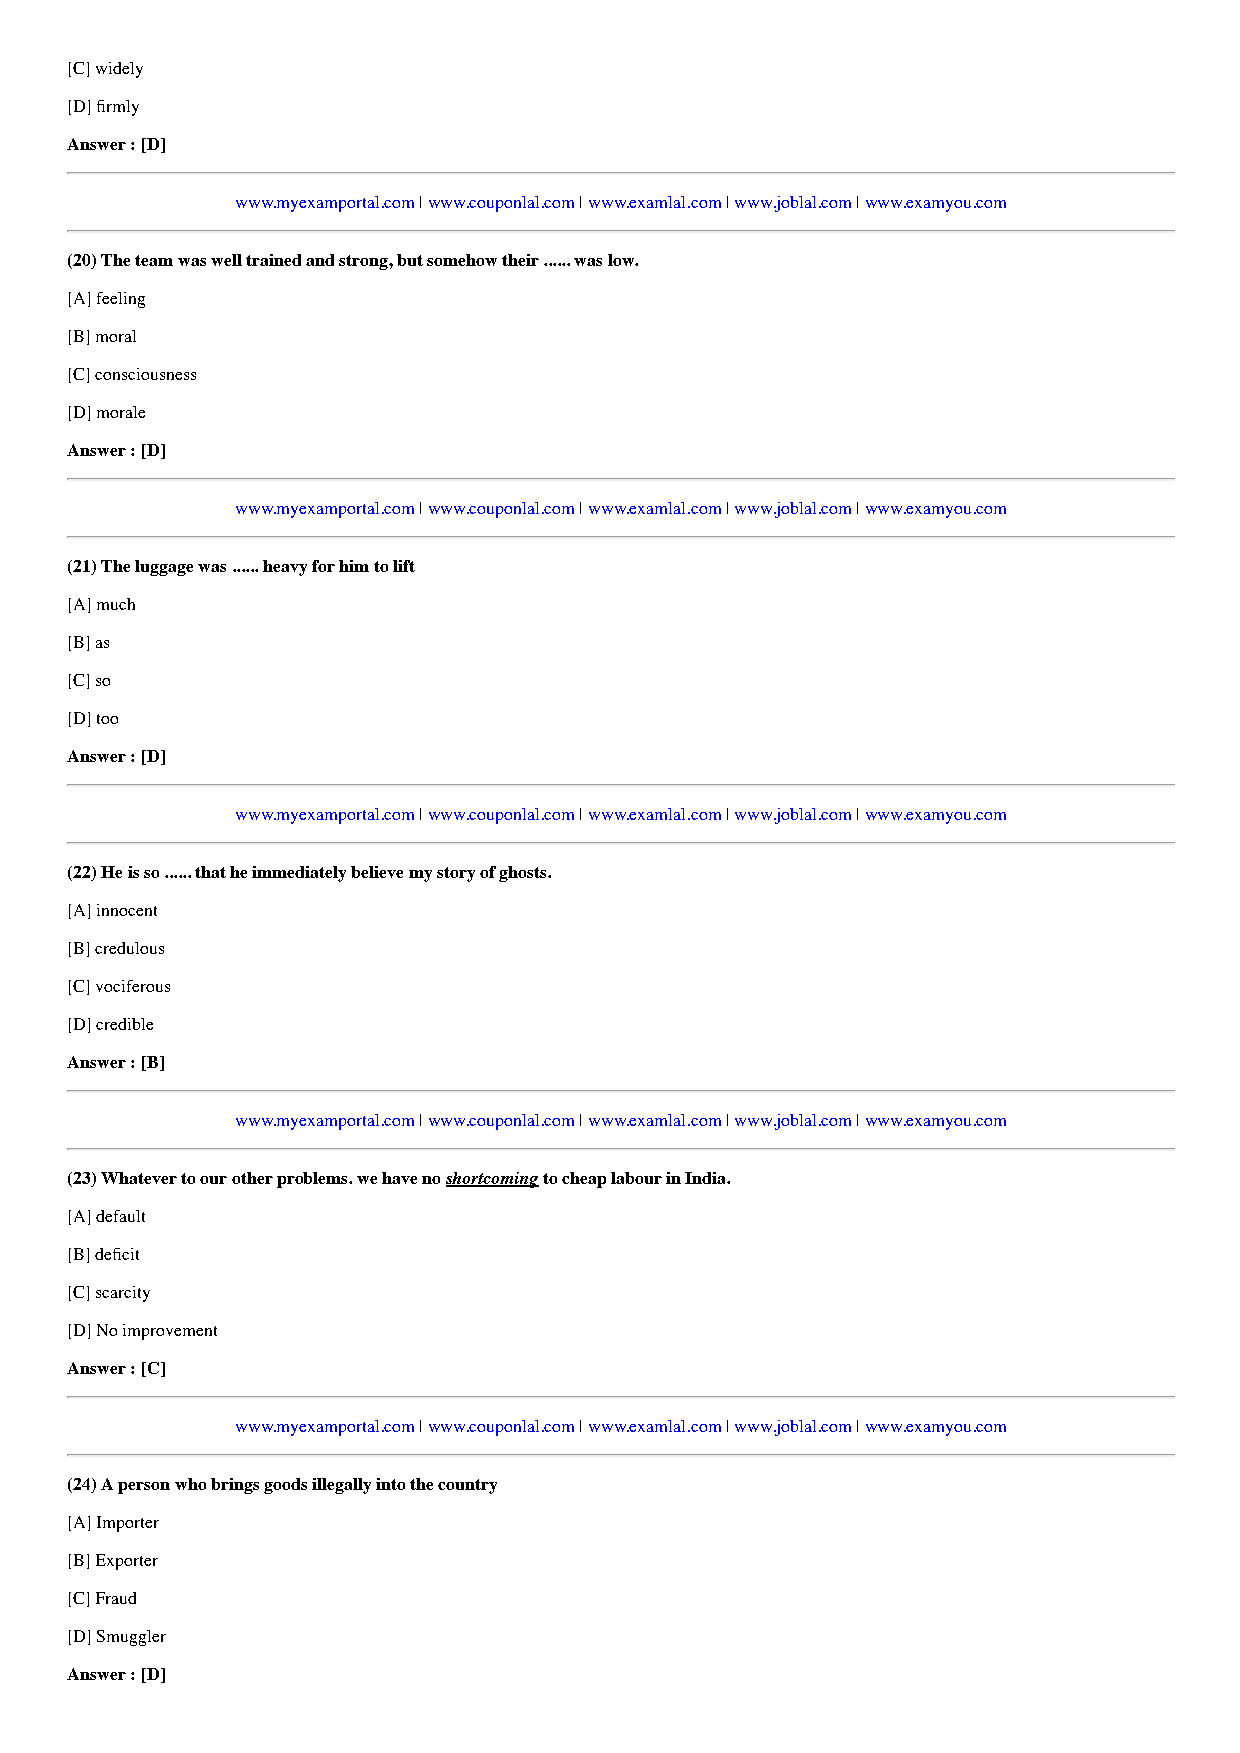
[C] widely
 [D] firmly
 Answer : [D]
 www.myexamportal.com | www.couponlal.com | www.examlal.com | www.joblal.com | www.examyou.com
 (20) The team was well trained and strong, but somehow their ...... was low.
 [A] feeling
 [B] moral
 [C] consciousness
 [D] morale
 Answer : [D]
 www.myexamportal.com | www.couponlal.com | www.examlal.com | www.joblal.com | www.examyou.com
 (21) The luggage was ...... heavy for him to lift
 [A] much
 [B] as
 [C] so
 [D] too
 Answer : [D]
 www.myexamportal.com | www.couponlal.com | www.examlal.com | www.joblal.com | www.examyou.com
 (22) He is so ...... that he immediately believe my story of ghosts.
 [A] innocent
 [B] credulous
 [C] vociferous
 [D] credible
 Answer : [B]
 www.myexamportal.com | www.couponlal.com | www.examlal.com | www.joblal.com | www.examyou.com
 (23) Whatever to our other problems. we have no shortcoming to cheap labour in India.
 [A] default
 [B] deficit
 [C] scarcity
 [D] No improvement
 Answer : [C]
 www.myexamportal.com | www.couponlal.com | www.examlal.com | www.joblal.com | www.examyou.com
 (24) A person who brings goods illegally into the country
 [A] Importer
 [B] Exporter
 [C] Fraud
 [D] Smuggler
 Answer : [D]